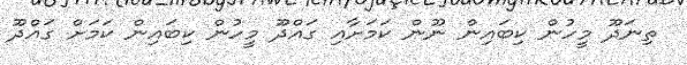
ތިނަދޫ މީހުން ކިބައިން ނޫން ކަމަށާއި ގައްދޫ މީހުން ކިބައިން ކަމަށް ގައްދޫ